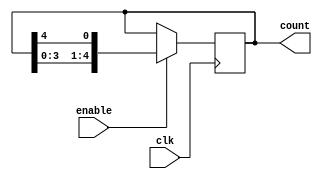
module johnson_counter (
    input wire clk, // Clock signal
    input wire enable, // Enable signal
    output reg [4:0] count // Output count signal
);

reg [4:0] q; // Internal state signal

always @(posedge clk) begin
    if (enable) begin
        // Johnson Counter logic
        q <= {q[3:0], q[4]};
    end
end

assign count = q;

endmodule